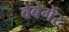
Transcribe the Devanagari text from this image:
वेंबेर्गेर